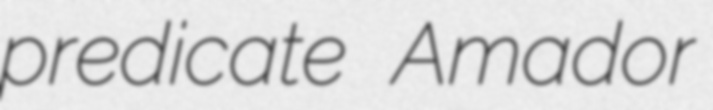
predicate Amador